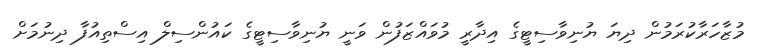
މުޒާހަރާކުރަމުން ދިޔަ ޔުނިވާސިޓީގެ އިދާރީ މުވައްޒަފުން ވަނީ ޔުނިވާސިޓީގެ ކައުންސިލް އިސްތިއުފާ ދިނުމަށް